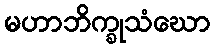
မဟာဘိက္ခုသံဃော